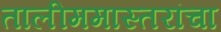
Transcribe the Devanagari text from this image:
तालीममास्तरांचा